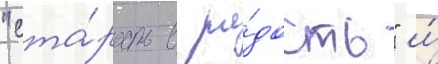
"ста́рость в ра́дость" и́